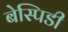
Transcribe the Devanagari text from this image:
बेस्पिडी